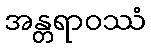
အန္တရာဝဿံ